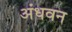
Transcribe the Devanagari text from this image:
अंधवन